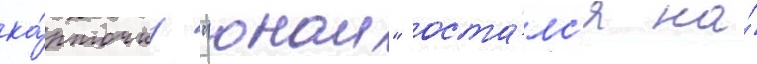
ка́рточку "онаи" оста́лс'я на́